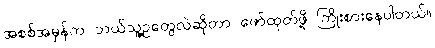
အစစ်အမှန်က ဘယ်သူ့ဥတွေလဲဆိုတာ ဖော်ထုတ်ဖို့ ကြိုးစားနေပါတယ်။